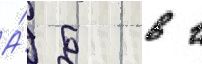
А́ б в г